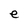
Character: e